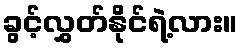
ခွင့်လွှတ်နိုင်ရဲ့လား။